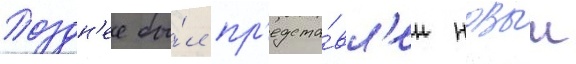
Поздн'ее бы́л пр'едста́вл'ен новыи